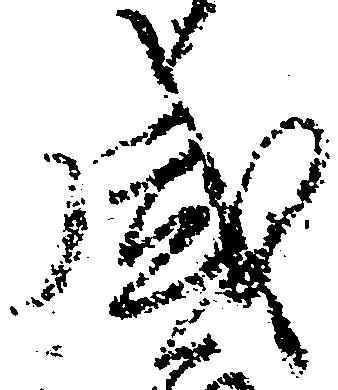
盛